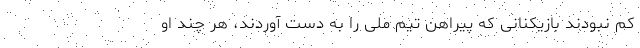
کم نبودند بازیکنانی که پیراهن تیم ملی را به دست آوردند، هر چند او